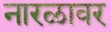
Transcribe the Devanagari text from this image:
नारळावर